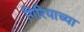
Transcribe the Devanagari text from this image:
गिरियाच्या